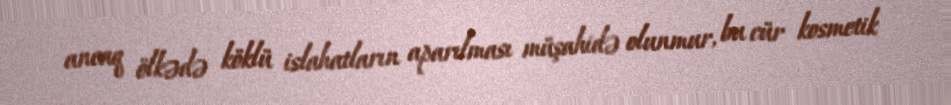
ancaq ölkədə köklü islahatların aparılması müşahidə olunmur, bu cür kosmetik